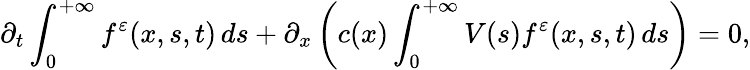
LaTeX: \partial_{t}\int_{0}^{+\infty}f^{\varepsilon}(x,s,t)\, ds+\partial_{x}\left(c(x)\int_{0}^{+\infty}V(s)f^{\varepsilon}(x,s,t)\, ds\right)=0,